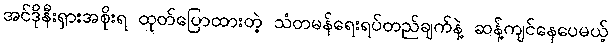
အင်ဒိုနီးရှားအစိုးရ ထုတ်ပြောထားတဲ့ သံတမန်ရေးရပ်တည်ချက်နဲ့ ဆန့်ကျင်နေပေမယ့်